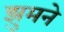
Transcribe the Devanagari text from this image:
झुमने